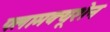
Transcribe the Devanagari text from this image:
फ्लामक्यूशेन